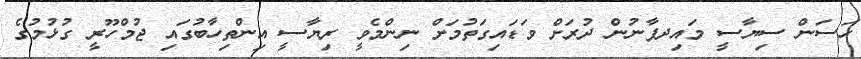
ހަސަން ސިޔާސީ މައިދފާނުން ދުރަށް ވަޑައިގަތުމަށް ނިންމެވީ ރިޔާސީ އިންތިހާބުގައި ޖުމްހޫރީ ގުޅުމުގެ